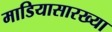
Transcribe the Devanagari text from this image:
माडियासारख्या